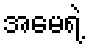
အမေရဲ့